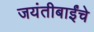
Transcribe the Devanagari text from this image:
जयंतीबाईंचे